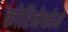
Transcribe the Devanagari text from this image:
कोरिनेफोर्म